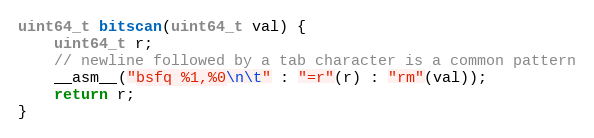
Language: C
uint64_t bitscan(uint64_t val) {
    uint64_t r;
    // newline followed by a tab character is a common pattern
    __asm__("bsfq %1,%0\n\t" : "=r"(r) : "rm"(val));
    return r;
}